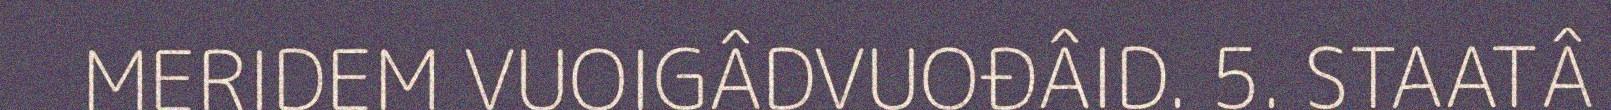
MERIDEM VUOIGÂDVUOĐÂID. 5. STAATÂ